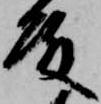
殿